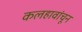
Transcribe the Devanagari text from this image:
कलहावांचून